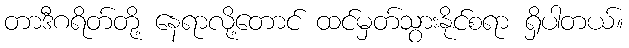
တာဒီဂရိတ်တို့ နေရာလို့တောင် ထင်မှတ်သွားနိုင်စရာ ရှိပါတယ်။